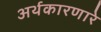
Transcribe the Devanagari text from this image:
अर्थकारणारे